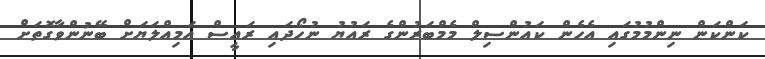
ކަންކަން ނިންމުމުގައި އެހެން ކައުންސިލް މެމްބަރުންގެ ރައުޔު ނުހޯދައި ރައީސް އަމިއްލަޔަށް ބޭނުންވާގޮތަށް